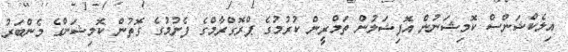
އިލެކްޝަންސް ކޮމިޝަނުން އޮފިޝަލުން ތަމްރީން ކުރުމުގެ ޕްރޮގްރާމްގެ ފެށުމުގެ ގޮތުން ކޮމިޝަންގެ މެންބަރު